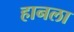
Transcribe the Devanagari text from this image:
हानला